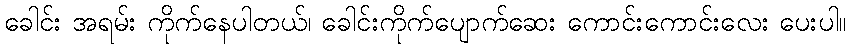
ခေါင်း အရမ်း ကိုက်နေပါတယ်၊ ခေါင်းကိုက်ပျောက်ဆေး ကောင်းကောင်းလေး ပေးပါ။